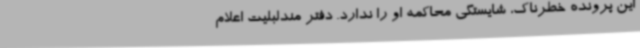
این پرونده خطرناک، شایستگی محاکمه او را ندارد. دفتر مندلبلیت اعلام